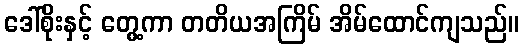
ဒေါ်စိုးနှင့် တွေ့ကာ တတိယအကြိမ် အိမ်ထောင်ကျသည်။